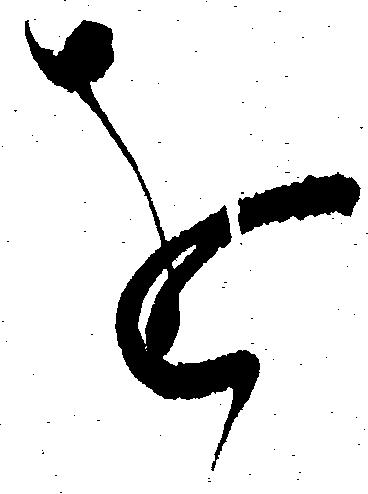
を